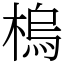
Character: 㮧